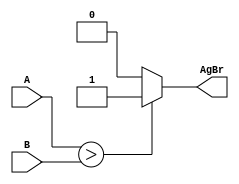
module comparator(A,B,AgBr);
	input [1:0] A,B;
	output AgBr;
	reg AgB;
	assign AgBr = AgB;
	always@(A or B)
		begin
			if (A>B)
				AgB=1'b1;
			else AgB=1'b0;
		end
endmodule